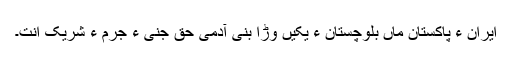
ایران ءُ پاکستان ماں بلوچستان ءَ یکیں وڑا بنی آدمی حق جنی ءِ جُرم ءَ شریک اَنت۔